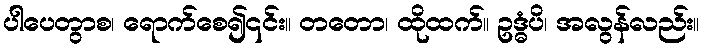
ပါပေတွာစ၊ ရောက်စေ၍၎င်း။ တတော၊ ထိုထက်။ ဥဒ္ဓံပိ၊ အလွန်လည်း။